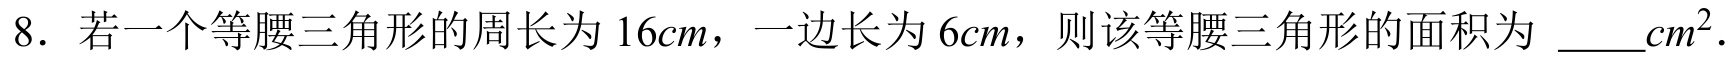
8. 若一个等腰三角形的周长为$16cm$，一边长为$6cm$，则该等腰三角形的面积为 \_\_\_$cm^{2}$．